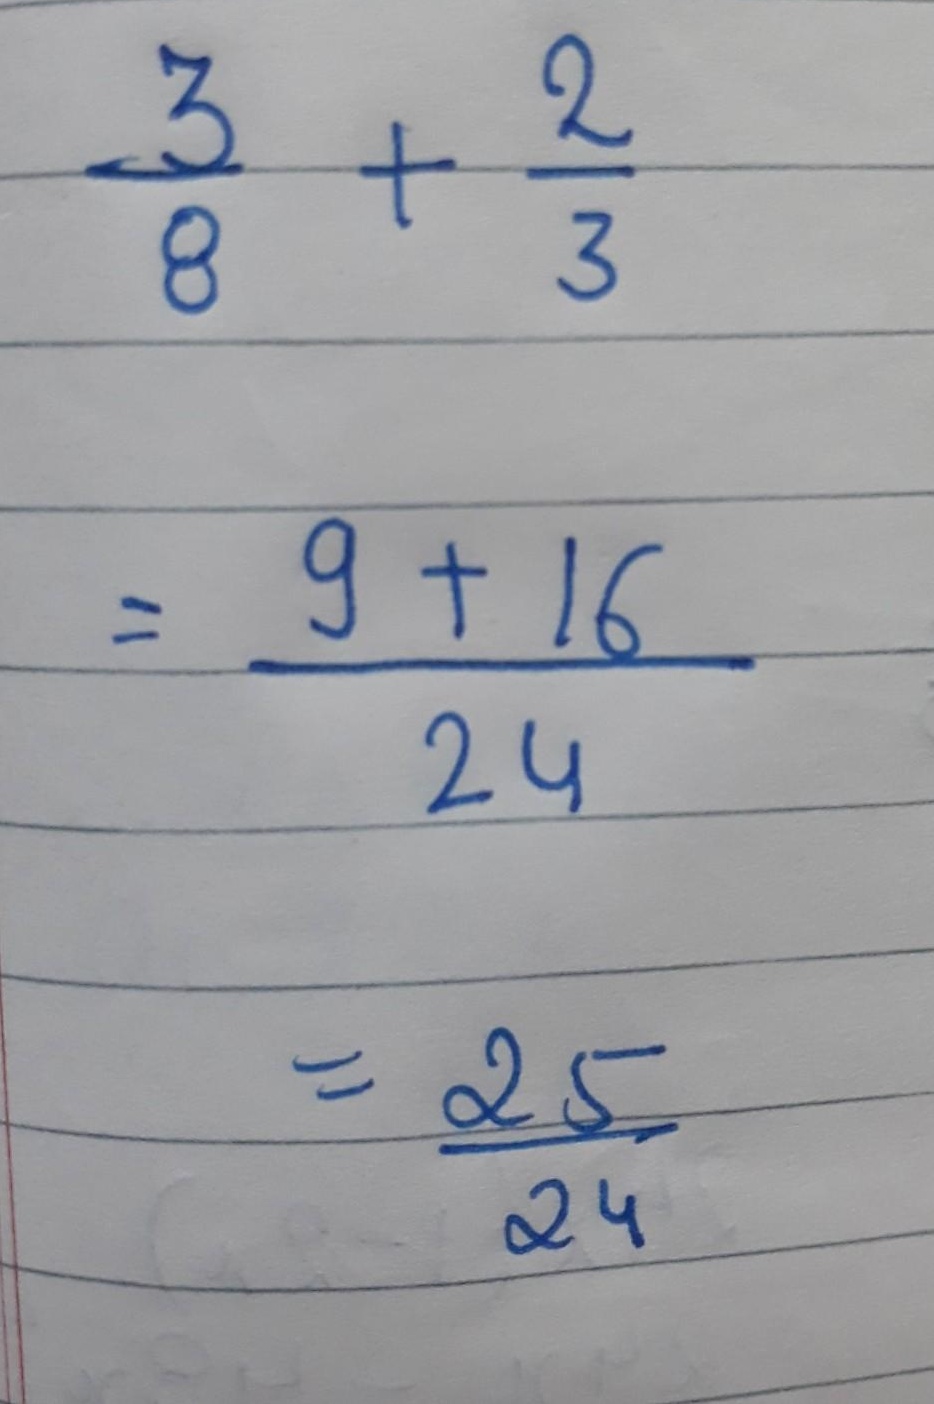
\[\begin{align*}
\frac{3}{8}+\frac{2}{3}&=\frac{9 + 16}{24}\\
&=\frac{25}{24}
\end{align*}\]